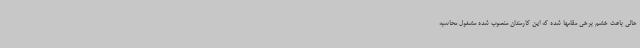
حالی باعث خشم برخی مقامها شده که این کارمندان منصوب شده مشغول محاسبه